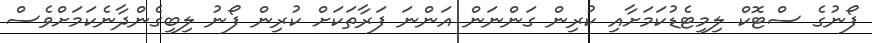
ފޯނުގެ ސްޓޮކް ލިމިޓެޑުކަމަށާއި ކުރިން ގަންނަން އަންނަ ފަރާތަކަށް ކުރިން ފޯނު ލިބިގެންދާނެކަމަށްވެސް